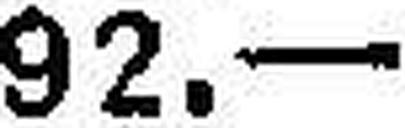
92.—